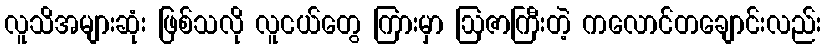
လူသိအများဆုံး ဖြစ်သလို လူငယ်တွေ ကြားမှာ ဩဇာကြီးတဲ့ ကလောင်တချောင်းလည်း